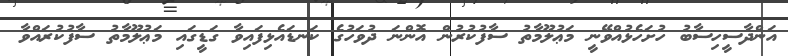
އަންދާސީހިސާބު ހުށަހެޅުއްވޭނީ މަޢުލޫމާތު ސާފުކުރުން އޮންނަ ދުވަހުގެ ކަނޑައެޅިފައިވާ ގަޑީގައި މަޢުލޫމާތު ސާފުކުރައްވާ